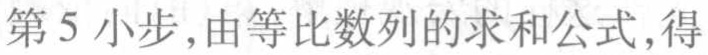
第5小步,由等比数列的求和公式,得